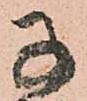
子